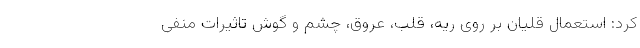
کرد: استعمال قلیان بر روی ریه، قلب، عروق، چشم و گوش تاثیرات منفی